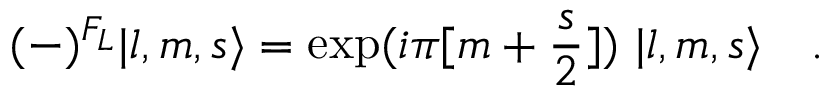
( - ) ^ { F _ { L } } | l , m , s \rangle = \exp ( i \pi [ m + { \frac { s } { 2 } } ] ) \ | l , m , s \rangle \quad .